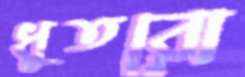
ধুতরো